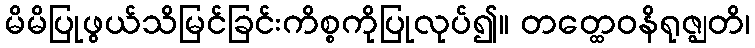
မိမိပြုဖွယ်သိမြင်ခြင်းကိစ္စကိုပြုလုပ်၍။ တတ္ထေဝနိရုဇ္ဈတိ၊